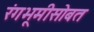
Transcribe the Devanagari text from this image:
रंगभूमीसोबत